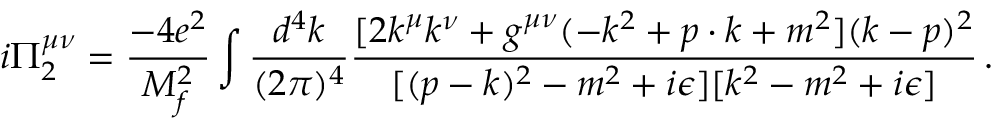
i \Pi _ { 2 } ^ { \mu \nu } = \frac { - 4 e ^ { 2 } } { M _ { f } ^ { 2 } } \int \frac { d ^ { 4 } k } { ( 2 \pi ) ^ { 4 } } \frac { [ 2 k ^ { \mu } k ^ { \nu } + g ^ { \mu \nu } ( - k ^ { 2 } + p \cdot k + m ^ { 2 } ] ( k - p ) ^ { 2 } } { [ ( p - k ) ^ { 2 } - m ^ { 2 } + i \epsilon ] [ k ^ { 2 } - m ^ { 2 } + i \epsilon ] } \, .